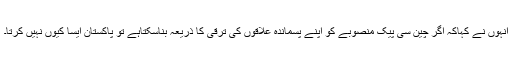
انہوں نے کہاکہ اگر چین سی پیک منصوبے کو اپنے پسماندہ علاقوں کی ترقی کا ذریعہ بناسکتاہے تو پاکستان ایسا کیوں نہیں کرتا۔